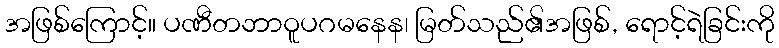
အဖြစ်ကြောင့်။ ပဏီတဘာဝူပဂမနေန၊ မြတ်သည်၏အဖြစ်, ရောင့်ရဲခြင်းကို